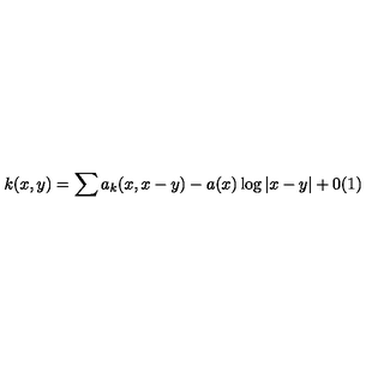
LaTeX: k ( x , y ) = \sum a _ { k } ( x , x - y ) - a ( x ) \log \vert x - y \vert + 0 ( 1 )